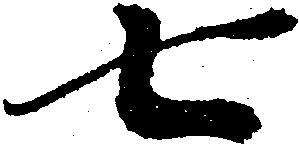
七